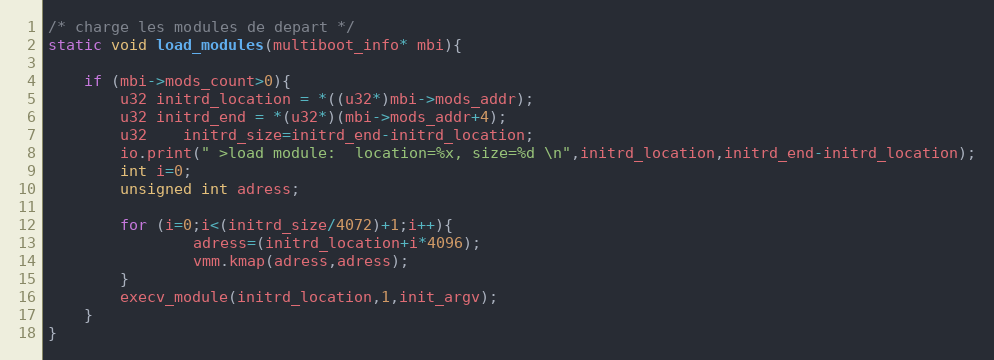
Language: C++
/* charge les modules de depart */
static void load_modules(multiboot_info* mbi){

	if (mbi->mods_count>0){
		u32 initrd_location = *((u32*)mbi->mods_addr);
		u32 initrd_end = *(u32*)(mbi->mods_addr+4);
		u32	initrd_size=initrd_end-initrd_location;
		io.print(" >load module:  location=%x, size=%d \n",initrd_location,initrd_end-initrd_location);
		int i=0;
		unsigned int adress;

		for (i=0;i<(initrd_size/4072)+1;i++){
				adress=(initrd_location+i*4096);
				vmm.kmap(adress,adress);
		}
		execv_module(initrd_location,1,init_argv);
	}
}